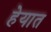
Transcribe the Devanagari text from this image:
हेयात